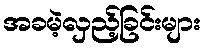
အခမဲ့လှည့်ခြင်းများ